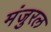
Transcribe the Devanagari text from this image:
मंजुरल